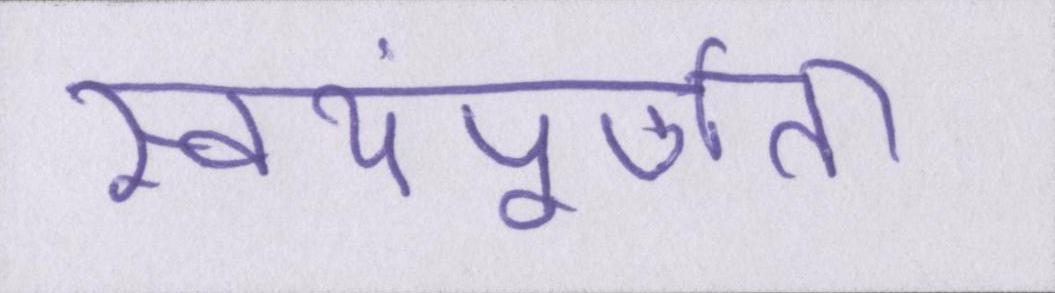
स्वयंपूर्णता